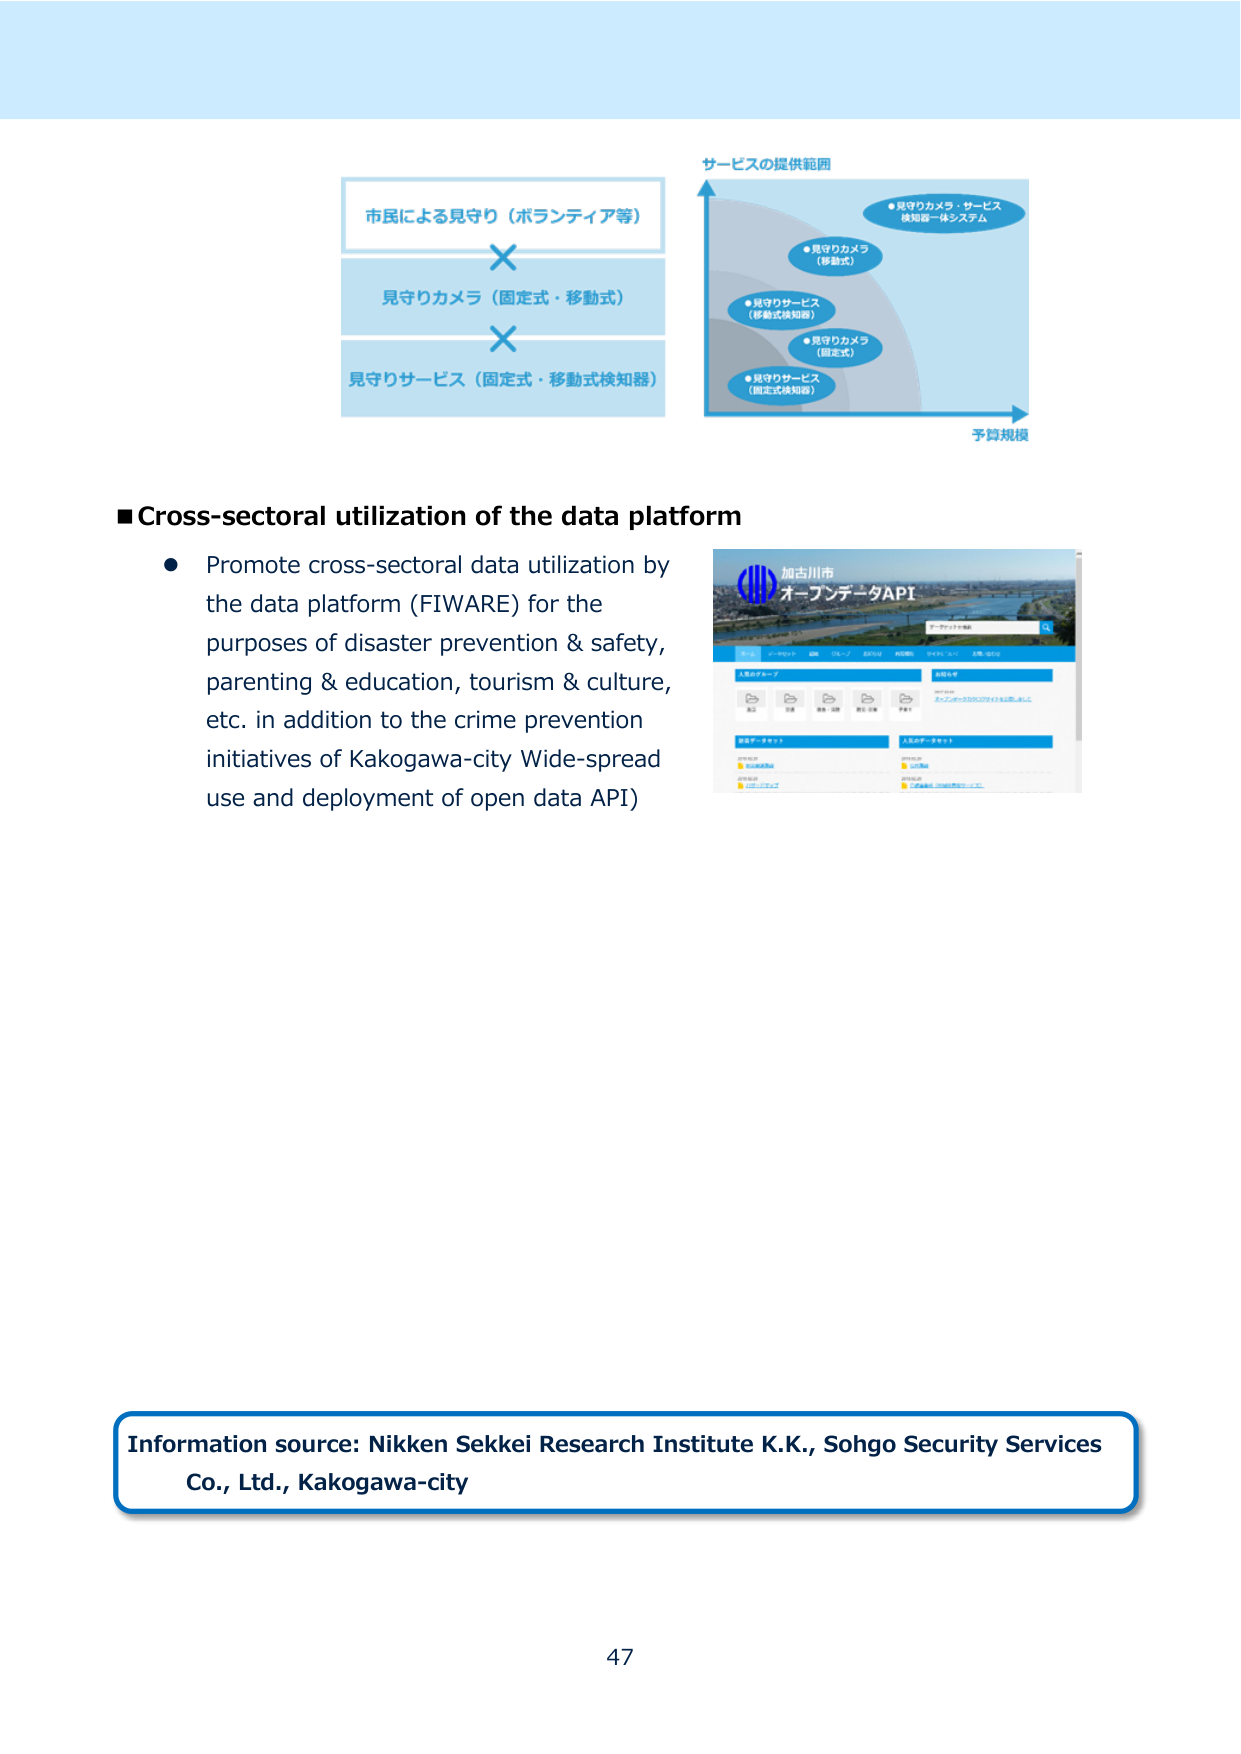
市民による見守り（ボランティア等）
見守りカメラ（固定式・移動式）
見守りサービス（固定式・移動式検知器）
サービスの提供範囲
●見守りカメラ・サービス
検知器一体システム
●見守りカメラ
（移動式）
●見守りサービス
（移動式検知器）
●見守りカメラ
（固定式）
●見守りサービス
（固定式検知器）
予算規模

■Cross-sectoral utilization of the data platform
● Promote cross-sectoral data utilization by the data platform (FIWARE) for the purposes of disaster prevention & safety, parenting & education, tourism & culture, etc. in addition to the crime prevention initiatives of Kakogawa-city Wide-spread use and deployment of open data API)

加古川市
オープンデータAPI

Information source: Nikken Sekkei Research Institute K.K., Sohgo Security Services Co., Ltd., Kakogawa-city
47